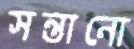
সন্তানো